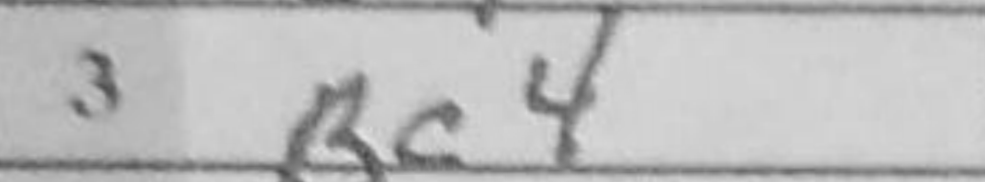
Transcription: Bc4